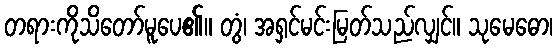
တရားကိုသိတော်မူပေ၏။ တွံ၊ အရှင်မင်းမြတ်သည်လျှင်။ သုမေဓော၊